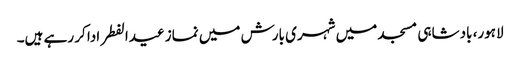
لاہور، بادشاہی مسجد میں شہری بارش میں نماز عیدالفطر ادا کر رہے ہیں۔